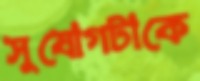
সুযোগটাকে